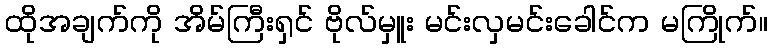
ထိုအချက်ကို အိမ်ကြီးရှင် ဗိုလ်မှူး မင်းလှမင်းခေါင်က မကြိုက်။